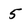
Character: 5